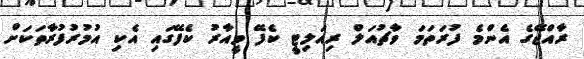
ރާއްޖޭގެ އެންމެ ފުރަތަމަ ވާޗުއަލް ރިއަލިޓީ ކެފޭ ވީއާރު ކެފޭގައި އެކި އުމުރުފުރާތަކަށް